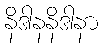
နိဒါနနိဒါနာ